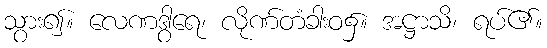
သွား၍။ လေဏဒွါရေ၊ လိုဏ်တံခါးဝ၌။ အဋ္ဌာသိ၊ ရပ်၏။